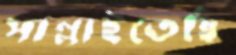
সাম্‌লাইতেছি